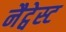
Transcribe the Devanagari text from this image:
नैट्वेस्ट